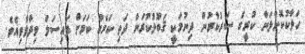
ހަލާކުކޮށްލަން ކުރީގެ ސަރުކާރުން ދިނުމަކީ ޤަބޫލުކުރަން ދަތި ކަމެއް ކަމަށް ފައިސަލް ވިދާޅުވިއެވެ.